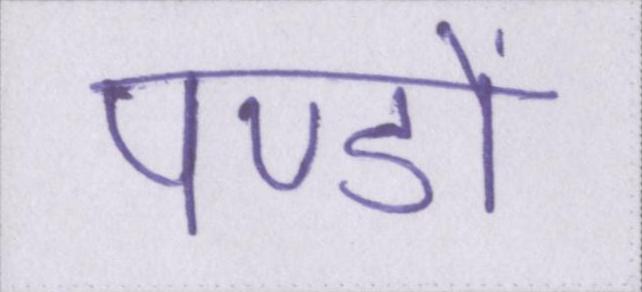
पण्डों